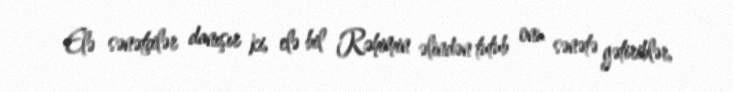
Elə sənətçilər danışır ki, elə bil Rəhimin əlindən tutub onu sənətə gətiriblər,